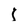
Character: l